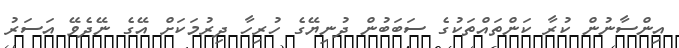
އިންސާނުން ކުރާ ކަންތައްތަކުގެ ސަބަބުން ދުނިޔޭގެ ހުރިހާ ދިރުމަކަށް އޭގެ ނޭދެވޭ އަސަރު